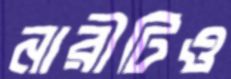
নারীটিও